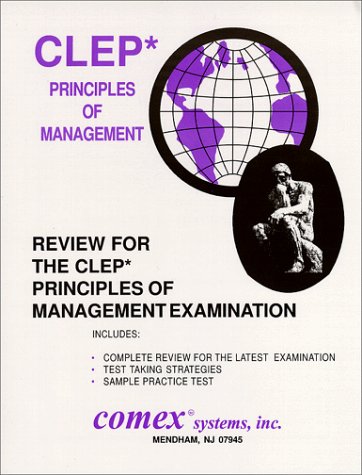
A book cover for Review for the CLEP Principles of Management; Donald E., Ph.D. Hovey; Test Preparation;